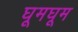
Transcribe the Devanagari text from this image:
घूमघूम